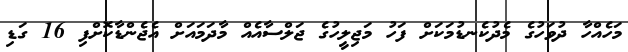
މަހެއްހާ ދުވަހުގެ މެދުކެނޑުމަކަށް ފަހު މަޖިލީހުގެ ޖަލްސާއެއް މާދަމައަށް އެޖެންޑާކޮށްފި 16 ގަޑި